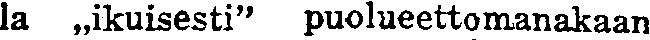
la ,,ikuisesti'' puolueettomanakaan